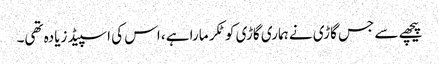
پیچھے سے جس گاڑی نے ہماری گاڑی کو ٹکر مارا ہے، اس کی اسپیڈ زیادہ تھی۔